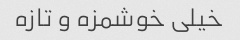
خیلی خوشمزه و تازه